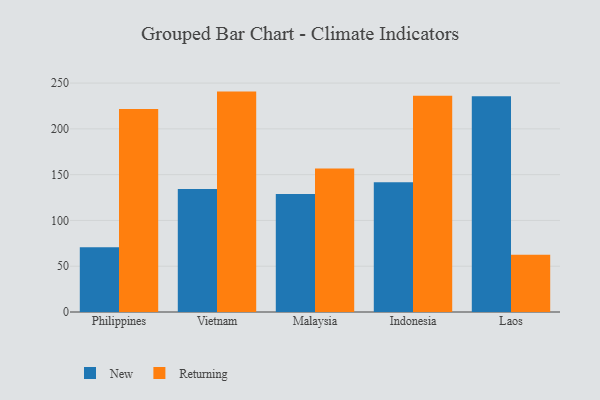
{"axis": {"x": "Country", "y": "Production Output"}, "legend": ["New", "Returning"], "data": [{"x": "Philippines", "y": 70.8, "type": "New"}, {"x": "Philippines", "y": 221.8, "type": "Returning"}, {"x": "Vietnam", "y": 134.2, "type": "New"}, {"x": "Vietnam", "y": 240.7, "type": "Returning"}, {"x": "Malaysia", "y": 129.0, "type": "New"}, {"x": "Malaysia", "y": 156.7, "type": "Returning"}, {"x": "Indonesia", "y": 141.8, "type": "New"}, {"x": "Indonesia", "y": 236.2, "type": "Returning"}, {"x": "Laos", "y": 235.6, "type": "New"}, {"x": "Laos", "y": 62.6, "type": "Returning"}]}